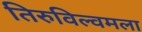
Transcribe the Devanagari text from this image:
तिरुविल्वमला